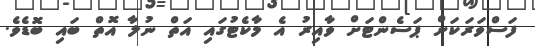
ފަސްވަރަކަށް ޕަސެންޓަށް ވާއިރު އެ މާކެޓުގައި އަތް ނުލާ އޮތް ބައި ބޮޑެވެ.